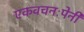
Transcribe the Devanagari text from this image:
एकवचनःपेनी